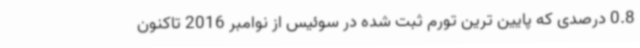
0.8 درصدی که پایین ترین تورم ثبت شده در سوئیس از نوامبر 2016 تاکنون